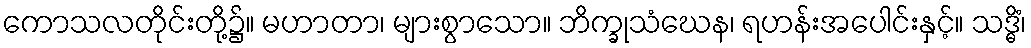
ကောသလတိုင်းတို့၌။ မဟာတာ၊ များစွာသော။ ဘိက္ခုသံဃေန၊ ရဟန်းအပေါင်းနှင့်။ သဒ္ဓိံ၊